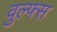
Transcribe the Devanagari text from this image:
वुल्फ्स